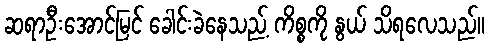
ဆရာဦးအောင်မြင် ခေါင်းခဲနေသည့် ကိစ္စကို နွယ် သိရလေသည်။